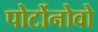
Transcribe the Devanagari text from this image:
पोर्टोनोवो